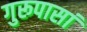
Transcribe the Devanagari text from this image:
गुरूपासां